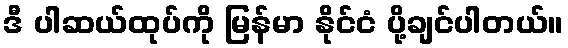
ဒီ ပါဆယ်ထုပ်ကို မြန်မာ နိုင်ငံ ပို့ချင်ပါတယ်။